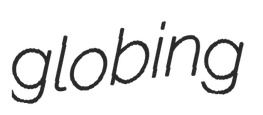
globing